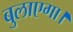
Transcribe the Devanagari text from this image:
बुलाएगा।